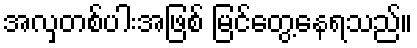
အလှတစ်ပါးအဖြစ် မြင်တွေ့နေရသည်။